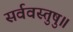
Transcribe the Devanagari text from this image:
सर्ववस्तुषु॥